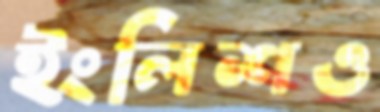
ইংলিশও